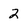
Character: 2